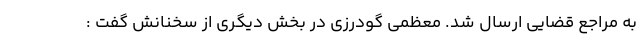
به مراجع قضایی ارسال شد. معظمی گودرزی در بخش دیگری از سخنانش گفت :